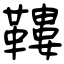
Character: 鞻